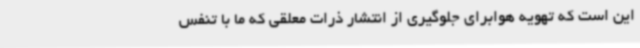
این است که تهویه هوابرای جلوگیری از انتشار ذرات معلقی که ما با تنفس